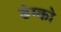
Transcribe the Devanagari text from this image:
डेम्को